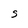
Character: S